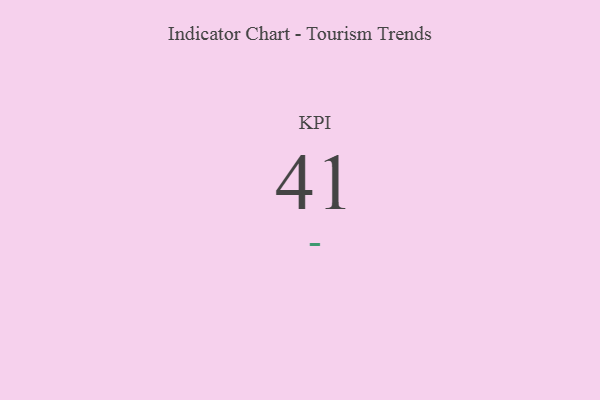
{"axis": {"x": "KPI", "y": "Value"}, "legend": [""], "data": [{"x": "KPI", "y": 41, "type": ""}]}